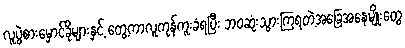
လူပွဲစားမှောင်ခိုများနှင့် တွေ့ကာလူကုန်ကူးခံရပြီး ဘဝဆုံးသွားကြရတဲ့အခြေအနေမျိုးတွေ